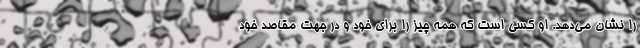
را نشان می‌دهد. او کسی است که همه چیز را برای خود و در جهت مقاصد خود